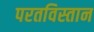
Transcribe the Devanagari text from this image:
परतविस्तान